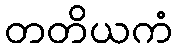
တတိယကံ